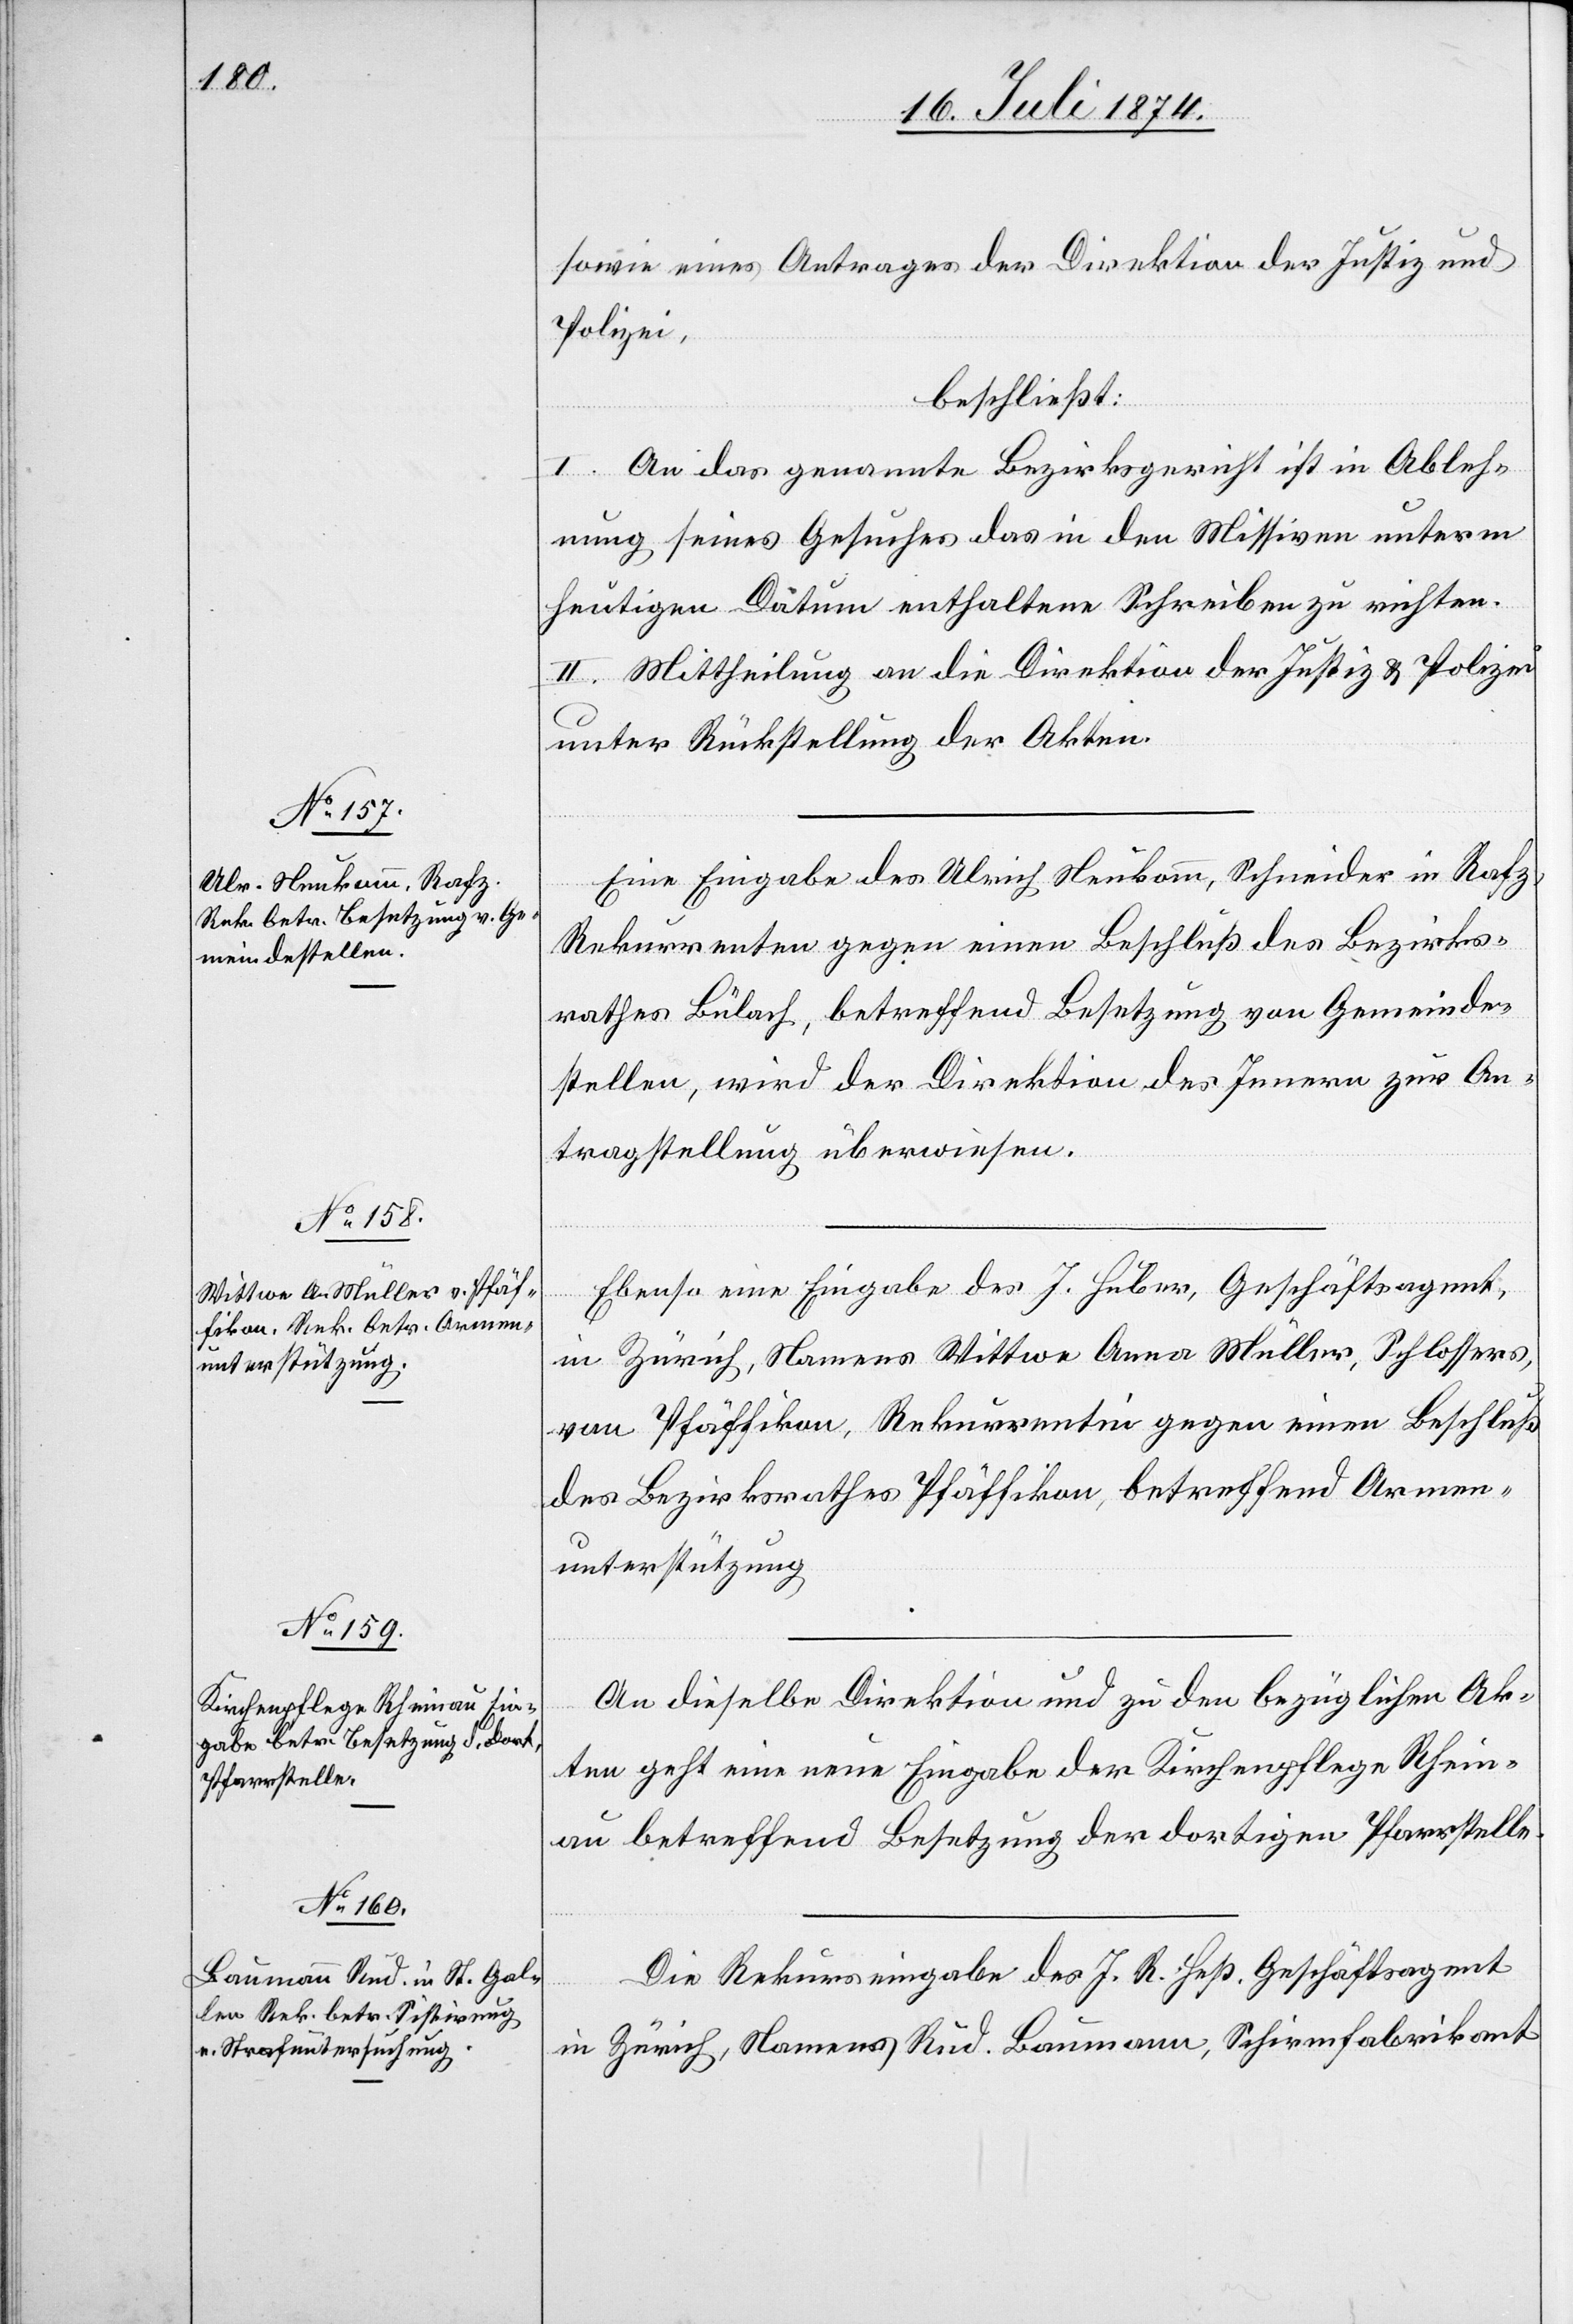
21. Juli 1874.]
sowie eines Antrages der Direktion der Justiz und
Polizei,
beschließt:
I. An das genannte Bezirksgericht ist in Ableh¬
nung seines Gesuches das in den Missiven unterm
heutigen Datum enthaltene Schreien zu richten.
II. Mittheilung an die Direktion der Justiz u. Polizei
unter Rückstellung der Akten.
Eine Eingabe des Ulrich Neukomm, Schneider in Rafz,
Rekurrenten gegen einen Beschluß des Bezirks¬
rathes Bülach, betreffend Besetzung von Gemeinde¬
stellen, wird der Direktion des Innern zur An¬
tragstellung überwiesen.
Ebenso eine Eingabe des J. Huber, Geschäftsagent,
in Zürich, Namens Wittwe Anna Müller, Schlossers,
von Pfäffikon, Rekurrentin gegen einen Beschluß
des Bezirksrathes Pfäffikon, betreffend Armen¬
unterstützung.
An dieselbe Direktion und zu den bezüglichen Ak¬
ten geht eine neue Eingabe der Kirchenpflege Rhein¬
au betreffend Besetzung der dortigen Pfarrstelle.
Die Rekurseingabe des J. R. Heß. Geschäftsagent
in Zürich, Namens Rud. Baumann, Schirmfabrikant